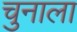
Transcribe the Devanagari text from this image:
चुनाला